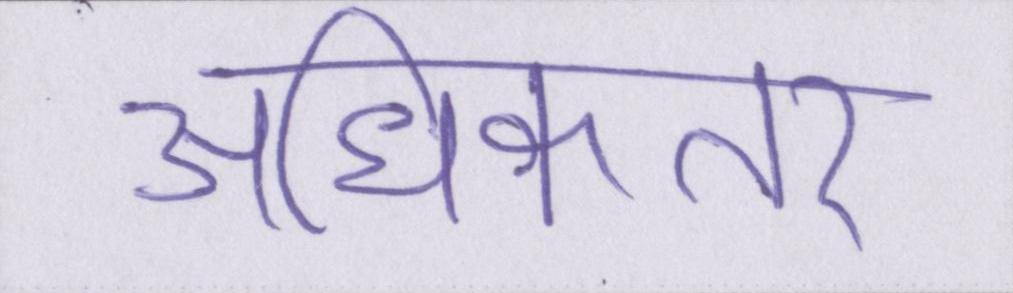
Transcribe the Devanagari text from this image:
अधिकतर